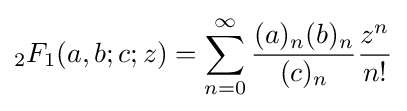
{}_{2}F_{1}(a,b;c;z)=\sum _{n=0}^{\infty }{\frac {(a)_{n}(b)_{n}}{(c)_{n}}}{\frac {z^{n}}{n!}}